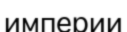
империи